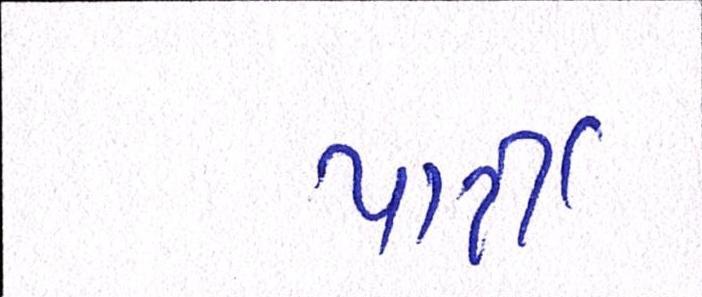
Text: પાટી